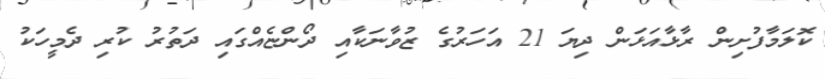
ކޮލަމާފުށިން ރާޅާއަޅަން ދިޔަ 21 އަހަރުގެ ޒުވާނަކާއި ދޯންޏެއްގައި ދަތުރު ކުރި ދެމީހަކު